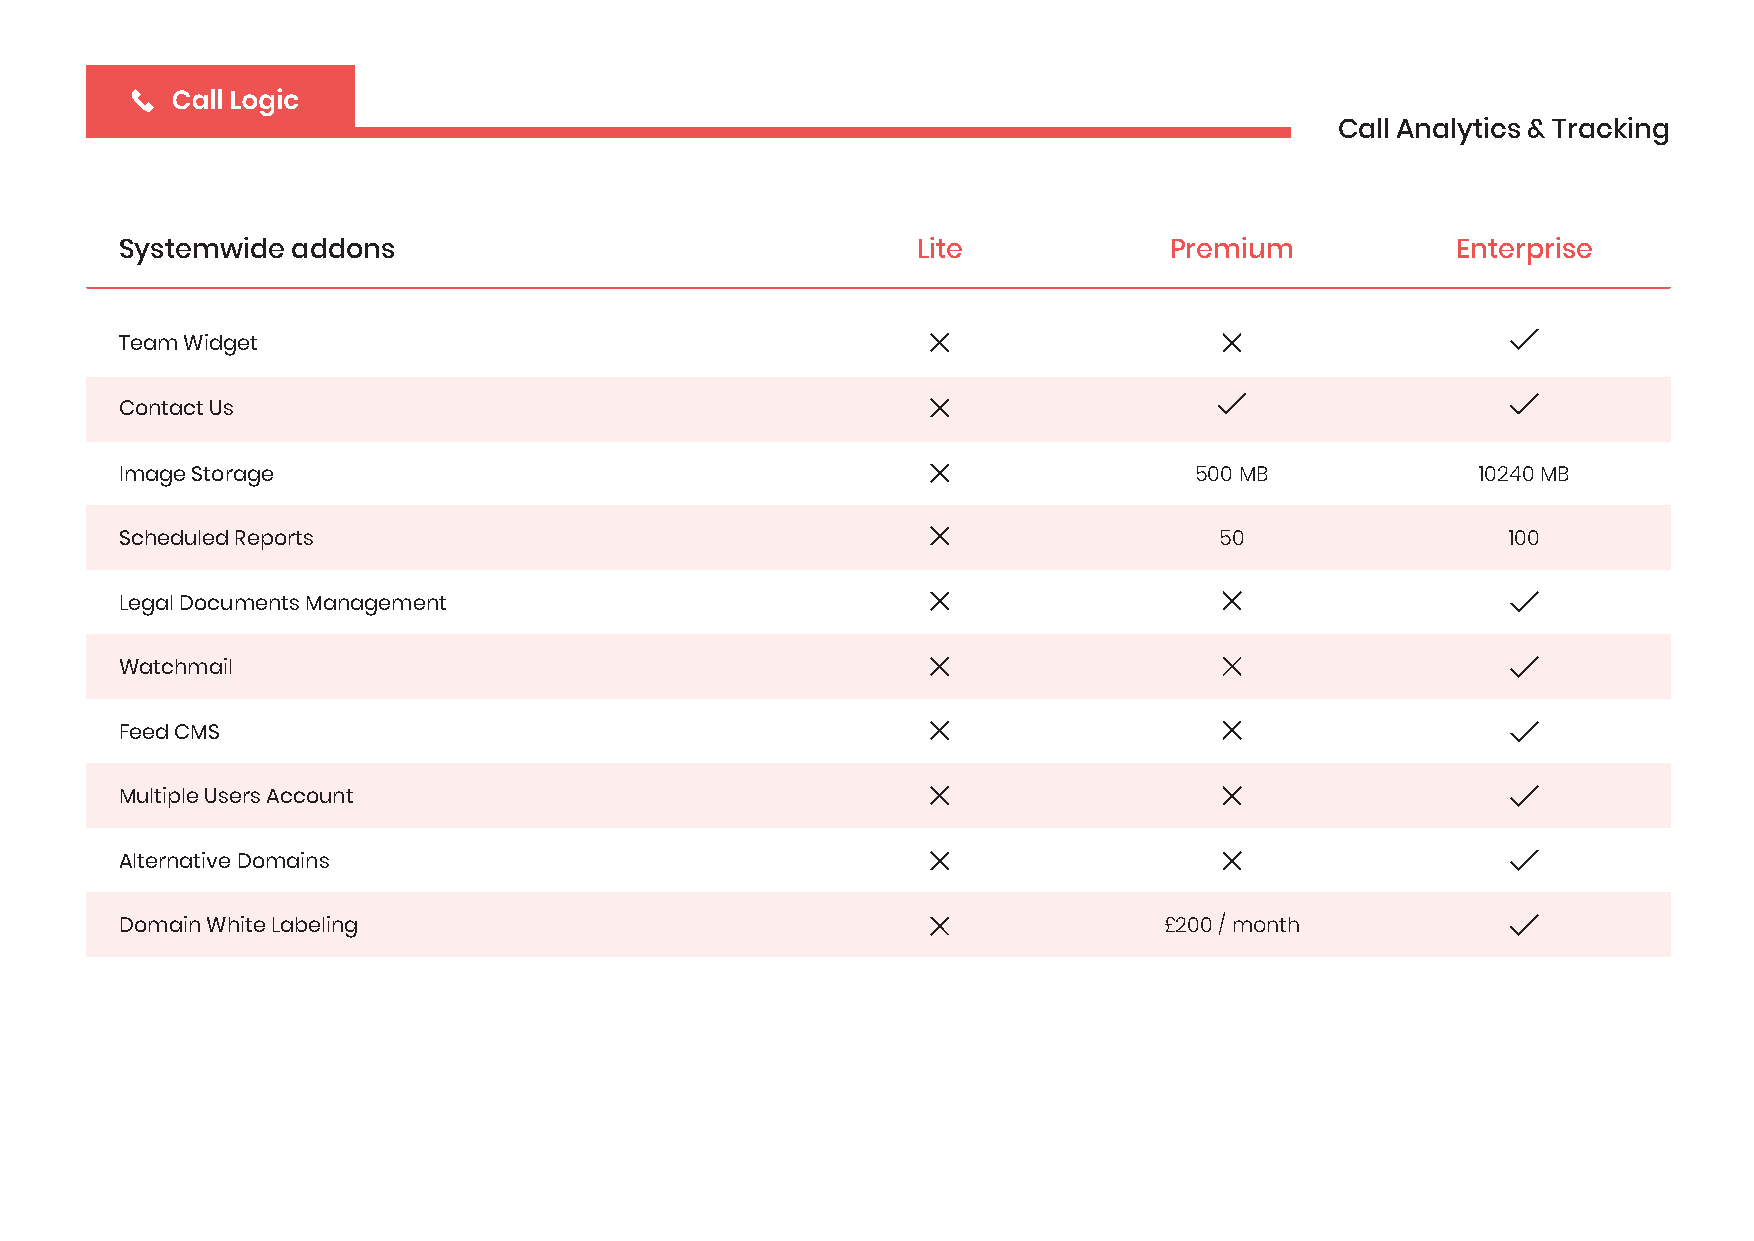
Call Analytics & Tracking
 Systemwide addons                                    Lite            Premium            Enterprise
 Team Widget
 Contact Us
 Image Storage                                                          500 MB             10240 MB
 Scheduled Reports                                                        50                 100
 Legal Documents Management
 Watchmail
 Feed CMS
 Multiple Users Account
 Alternative Domains
 Domain White Labeling                                                £200 / month